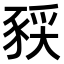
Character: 𫎈